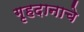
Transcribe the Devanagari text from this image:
गृहदानाचे